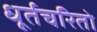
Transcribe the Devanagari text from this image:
धूर्तचरितो